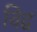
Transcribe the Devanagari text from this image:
विद्व